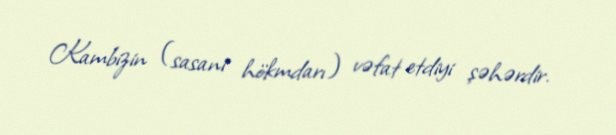
Kambizin (sasani hökmdarı) vəfat etdiyi şəhərdir.